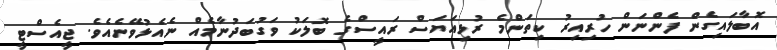
އޮބާލައިގެން ފެންނަން ހުރިއިރު ކިތަންމެ ރުޅިއަޔަސް ރައީސްގެ ބޮލަކު ވަގުބަދުނާމެއް ނެއެޅުވޭނެއެވެ. ޖީއެސްޓީ